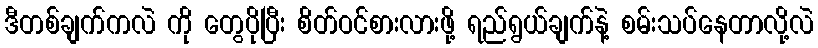
ဒီတစ်ချက်ကလဲ ကို တွေပိုပြီး စိတ်ဝင်စားလားဖို့ ရည်ရွယ်ချက်နဲ့ စမ်းသပ်နေတာလို့လဲ